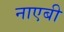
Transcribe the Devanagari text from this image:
नाएबी